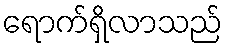
ရောက်ရှိလာသည်